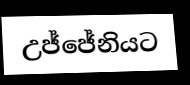
උජ්ජේනියට